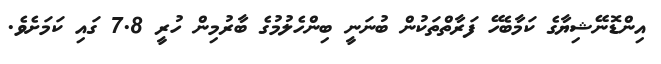
އިންޑޮނޭޝިޔާގެ ކަމާބެހޭ ފަރާތްތަކުން ބުނަނީ ބިންހެލުމުގެ ބާރުމިން ހުރީ 7.8 ގައި ކަމަށެވެ.